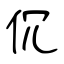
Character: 伔